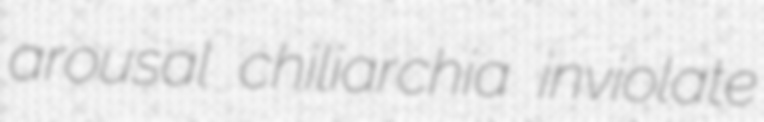
arousal chiliarchia inviolate